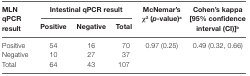
| <ROWSPAN=2> MLN qPCR result | <COLSPAN=3> Intestinal qPCR result | <ROWSPAN=2> McNemar’s χ2 (p-value)a | <ROWSPAN=2> Cohen’s kappa [95% confidence interval (CI)]b |
 | Positive | Negative | Total |
 | --- | --- | --- | --- | --- | --- |
 | Positive | 54 | 16 | 70 | <ROWSPAN=3> 0.97 (0.25) | <ROWSPAN=3> 0.49 (0.32, 0.66) |
 | Negative | 10 | 27 | 37 |
 | Total | 64 | 43 | 107 |